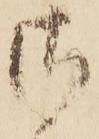
さ